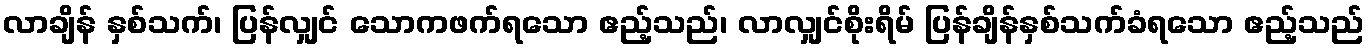
လာချိန် နှစ်သက်၊ ပြန်လျှင် သောကဖက်ရသော ဧည့်သည်၊ လာလျှင်စိုးရိမ် ပြန်ချိန်နှစ်သက်ခံရသော ဧည့်သည်